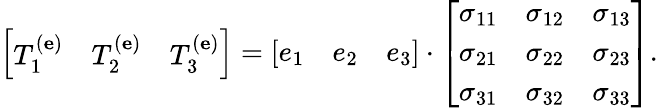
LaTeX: \left[{\begin{array}{lll}{T_{1}^{(\mathbf{e})}}&{T_{2}^{(\mathbf{e})}}&{T_{3}^{(\mathbf{e})}}\end{array}}\right]=\left[{\begin{array}{lll}{e_{1}}&{e_{2}}&{e_{3}}\end{array}}\right]\cdot\left[{\begin{array}{lll}{\sigma_{11}}&{\sigma_{12}}&{\sigma_{13}}\\ {\sigma_{21}}&{\sigma_{22}}&{\sigma_{23}}\\ {\sigma_{31}}&{\sigma_{32}}&{\sigma_{33}}\end{array}}\right].